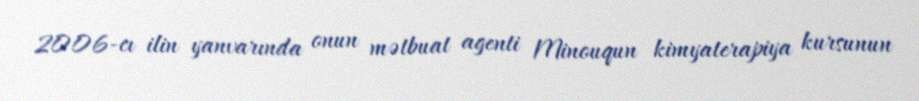
2006-cı ilin yanvarında onun mətbuat agenti Minouqun kimyaterapiya kursunun